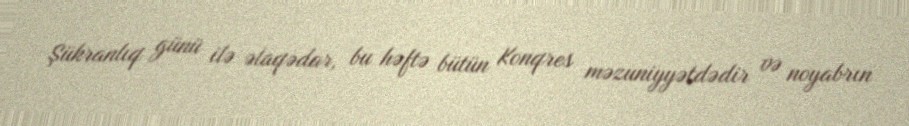
Şükranlıq günü ilə əlaqədar, bu həftə bütün Konqres məzuniyyətdədir və noyabrın